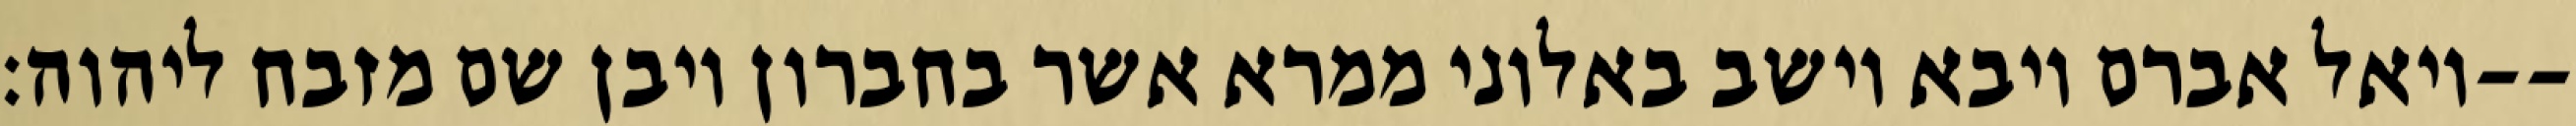
ויאל אברם ויבא וישב באלוני ממרא אשר בחברון ויבן שם מזבח ליהוה׃--